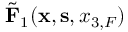
\tilde { \bf F } _ { 1 } ( { { \bf x } } , { { \bf s } } , { x _ { 3 , F } } )